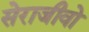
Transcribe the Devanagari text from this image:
सेराजीवो